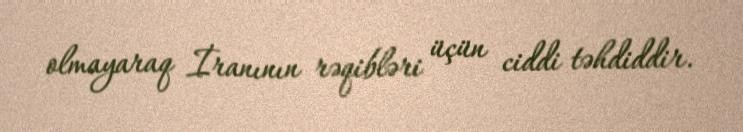
olmayaraq İranının rəqibləri üçün ciddi təhdiddir.